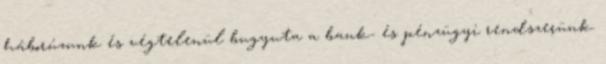
háborúzunk és végtelenül bugyuta a bank- és pénzügyi rendszerünk.